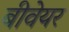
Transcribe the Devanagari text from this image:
बीवेयर